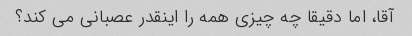
آقا، اما دقیقا چه چیزی همه را اینقدر عصبانی می کند؟